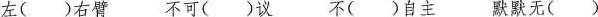
左()右臂 不可()议 不()自主 默默无()